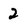
Character: 2